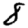
Digit: 8